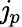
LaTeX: \mathit{j}_{p}